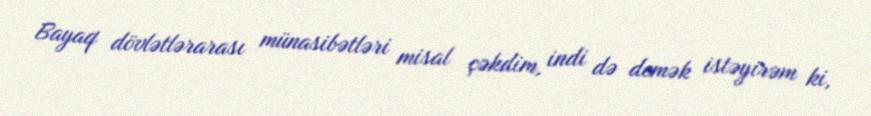
Bayaq dövlətlərarası münasibətləri misal çəkdim, indi də demək istəyirəm ki,